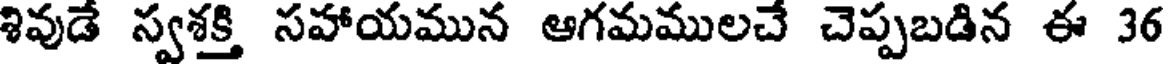
శివుడే స్వశక్తి సహాయమున ఆగమములచే చెప్పబడిన ఈ 36